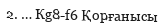
2. … Кg8-f6 Қорғанысы